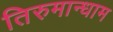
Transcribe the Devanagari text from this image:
तिरुमान्धाम